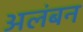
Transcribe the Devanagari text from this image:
अलंबन